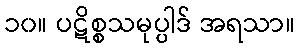
၁၀။ ပဋိစ္စသမုပ္ပါဒ် အရသာ။